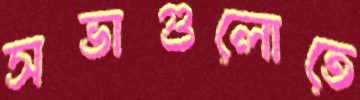
সভাগুলোতে